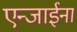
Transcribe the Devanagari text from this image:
एन्जाईना